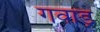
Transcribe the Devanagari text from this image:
गवाड़